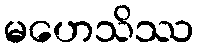
မဟေသိဿ